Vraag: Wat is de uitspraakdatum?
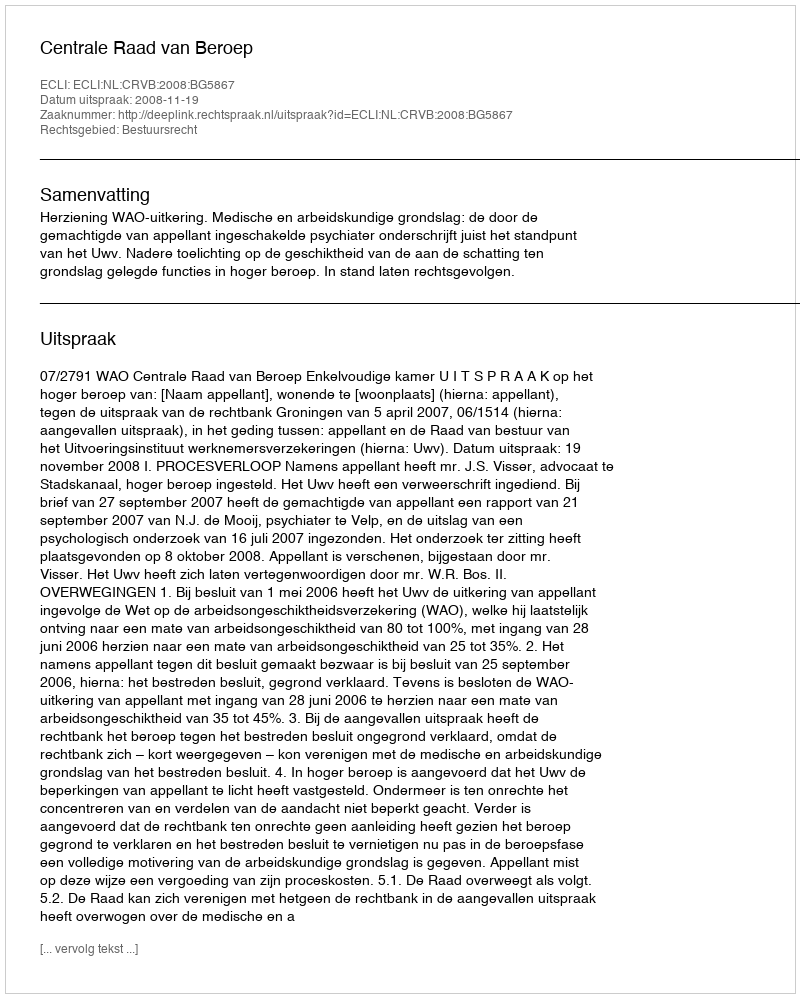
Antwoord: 2008-11-19